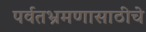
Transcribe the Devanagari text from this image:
पर्वतभ्रमणासाठीचे